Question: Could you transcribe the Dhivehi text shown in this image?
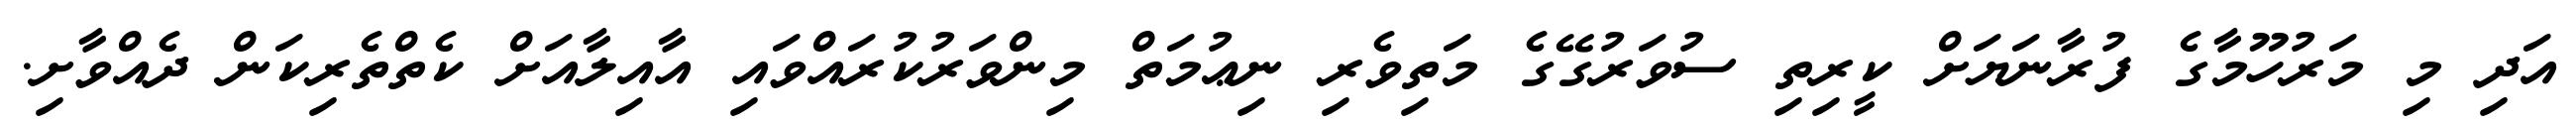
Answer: އަދި މި މަރުހޫމާގެ ފުރާނަޔަށް ކީރިތި ސުވަރުގޭގެ މަތިވެރި ނިޢުމަތް މިންވަރުކުރައްވައި އާއިލާއަށް ކެތްތެރިކަން ދެއްވާށި.